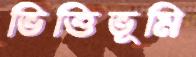
ভিত্তিভূমি